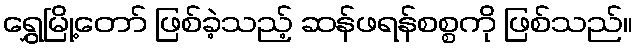
ရွှေမြို့တော် ဖြစ်ခဲ့သည့် ဆန်ဖရန်စစ္စကို ဖြစ်သည်။